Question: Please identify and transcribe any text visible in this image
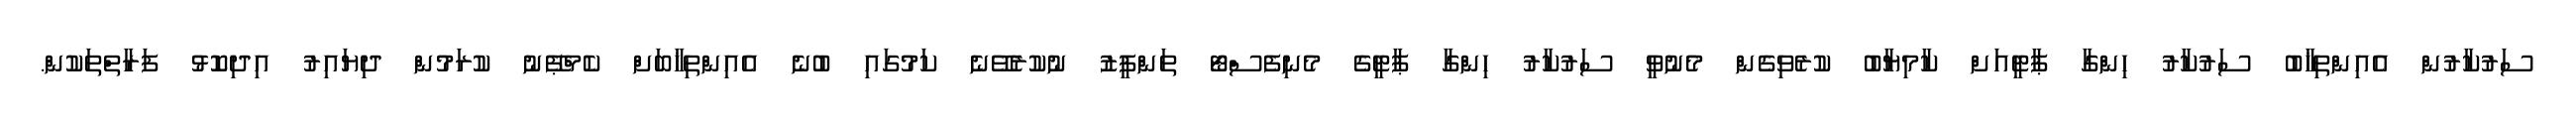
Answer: ސަރުކާރުން އެއިންތިޚާބު ސަރުކާރު ހިންގާ ޕާޓީއަށް ކާމިޔާބު ކުރެވިގެން މެނުވީ ސަރުކާރު ހިންގާ ޕާޓީގެ މެނިފެސްޓޯ ތަންފީޒު ނުކުރެވޭނެ ކަމުގައި ބުނެ އެއިންތިޚާބަށް ކެމްޕޭނު ކުރަމުން ދިޔައިރު އިދިކޮޅު ފަރާތްތަކުން.